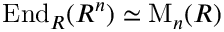
\operatorname { E n d } _ { R } ( R ^ { n } ) \simeq \operatorname { M } _ { n } ( R )